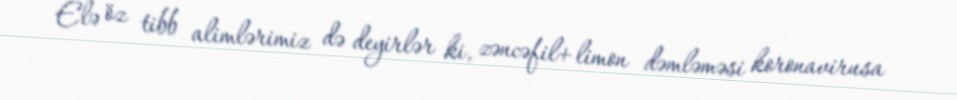
Elə öz tibb alimlərimiz də deyirlər ki, zəncəfil+limon dəmləməsi koronavirusa